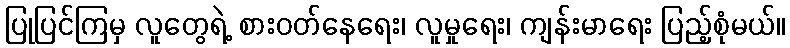
ပြုပြင်ကြမှ လူတွေရဲ့ စားဝတ်နေရေး၊ လူမှုရေး၊ ကျန်းမာရေး ပြည့်စုံမယ်။